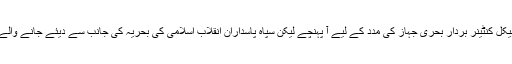
تھوڑی دیر میں امریکی جنگی طیارے اسلحے سے لدے مذکورہ دیوہیکل کنٹینر بردار بحری جہاز کی مدد کے لیے آ پہنچے لیکن سپاہ پاسداران انقلاب اسلامی کی بحریہ کی جانب سے دیئے جانے والے سخت انتباہ کے بعد انہیں علاقے کو ترک کرنے پر مجبور ہونا پڑا۔